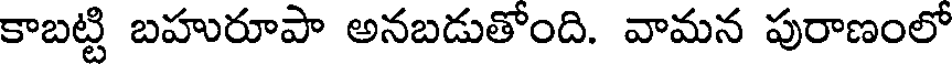
కాబట్టి బహురూపా అనబడుతోంది. వామన పురాణంలో